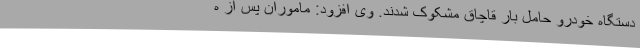
دستگاه خودرو حامل بار قاچاق مشکوک شدند. وی افزود: ماموران پس از ه